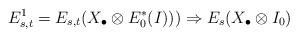
LaTeX: \begin{align*} E^1_{s,t} = E_{s,t}(X_{\bullet}\otimes E_0^*(I)))\Rightarrow E_s (X_{\bullet}\otimes I_0) \end{align*}